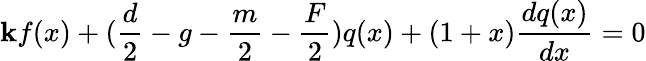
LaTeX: \mathbf{k}f(x)+(\frac{d}{2}-g-\frac{m}{2}-\frac{F}{2})q(x)+(1+x)\frac{{dq(x)}}{{dx}}=0